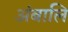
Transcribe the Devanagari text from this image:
अंबालि